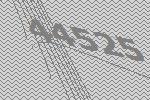
44525